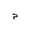
Letter: _mim